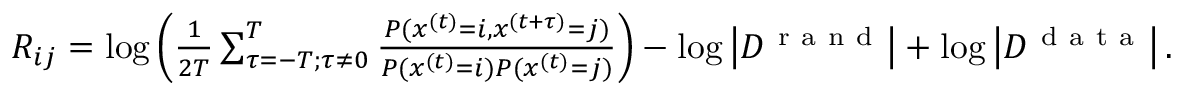
\begin{array} { r } { R _ { i j } = \log \left( \frac { 1 } { 2 T } \sum _ { \tau = - T ; \tau \neq 0 } ^ { T } \frac { P ( x ^ { ( t ) } = i , x ^ { ( t + \tau ) } = j ) } { P ( x ^ { ( t ) } = i ) P ( x ^ { ( t ) } = j ) } \right) - \log \left| { \cal D } ^ { \mathrm { ~ r ~ a ~ n ~ d ~ } } \right| + \log \left| { \cal D } ^ { \mathrm { ~ d ~ a ~ t ~ a ~ } } \right| . } \end{array}